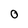
Character: O